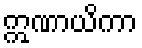
ဣဏာယိကာ